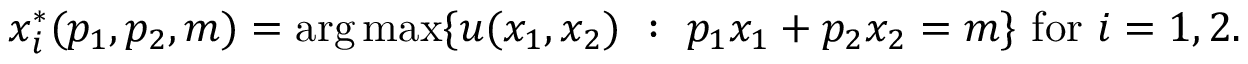
x _ { i } ^ { * } ( p _ { 1 } , p _ { 2 } , m ) = \arg \operatorname* { m a x } \{ \, \! u ( x _ { 1 } , x _ { 2 } ) { \mathrm { ~ } } : { \mathrm { ~ } } p _ { 1 } x _ { 1 } + p _ { 2 } x _ { 2 } = m \} { \mathrm { ~ f o r ~ } } i = 1 , 2 .